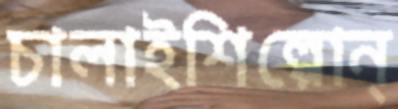
চালাইশিল্পোন্